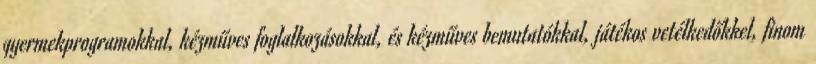
gyermekprogramokkal, kézműves foglalkozásokkal, és kézműves bemutatókkal, játékos vetélkedőkkel, finom